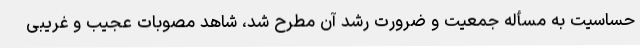
حساسیت به مسأله جمعیت و ضرورت رشد آن مطرح شد، شاهد مصوبات عجیب و غریبی